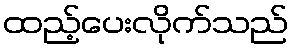
ထည့်ပေးလိုက်သည်